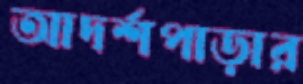
আদর্শপাড়ার